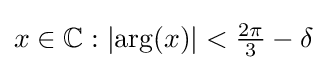
x\in \mathbb {C} :\left|\arg(x)\right|<{\tfrac {2\pi }{3}}-\delta